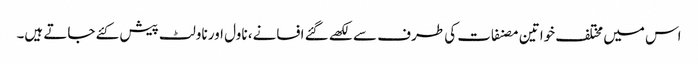
اس میں مختلف خواتین مصنفات کی طرف سے لکھے گئے افسانے، ناول اور ناولٹ پیش کئے جاتے ہیں۔